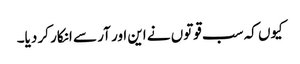
کیوں کہ سب قوتوں نے این اور آر سے انکار کر دیا۔